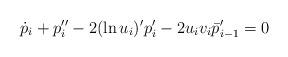
LaTeX: \begin{align*}\dot p_i+p''_i-2(\ln u_i)'p'_i-2u_iv_i \bar p'_{i-1}=0 \end{align*}